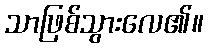
သာဖြစ်သွားလေ၏။